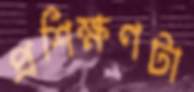
প্রশিক্ষণটা